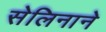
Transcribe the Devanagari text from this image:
सेलिनाने